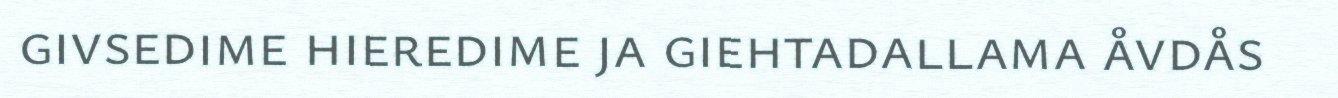
givsedime hieredime ja giehtadallama åvdås